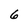
Character: 6